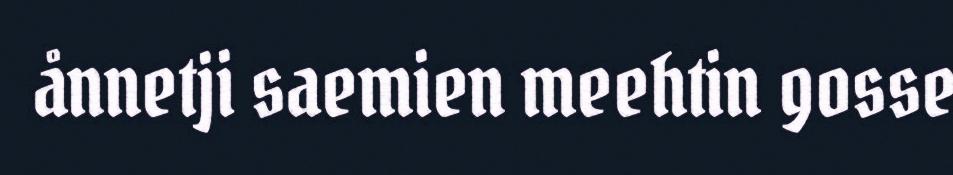
ånnetji saemien meehtin gosse